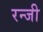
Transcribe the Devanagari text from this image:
रन्जी